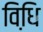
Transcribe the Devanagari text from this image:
विधि़